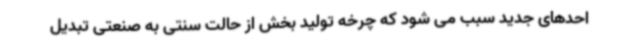
احدهای جدید سبب می شود که چرخه تولید بخش از حالت سنتی به صنعتی تبدیل